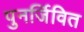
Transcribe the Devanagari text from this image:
पुनर्जिवित